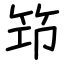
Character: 笻